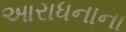
આરાધનાના